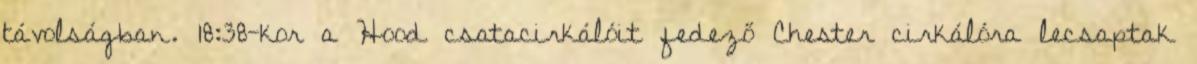
távolságban. 18:38-kor a Hood csatacirkálóit fedező Chester cirkálóra lecsaptak